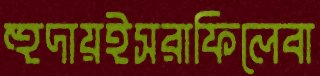
হুদায়ইসরাফিলেবা